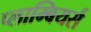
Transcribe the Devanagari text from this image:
प्लाम्बियर्स